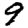
Digit: 9